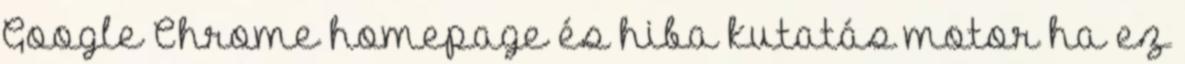
Google Chrome homepage és hiba kutatás motor ha ez